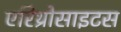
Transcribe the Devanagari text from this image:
एरिथ्रोसाइटस